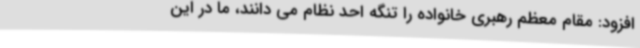
افزود: مقام معظم رهبری خانواده را تنگه احد نظام می دانند، ما در این